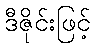
ဒီဇိုင်းဖြင့်